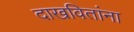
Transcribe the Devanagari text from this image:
दाखवितांना